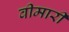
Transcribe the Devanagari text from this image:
वीमारी